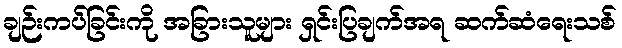
ချဉ်းကပ်ခြင်းကို အခြားသူများ ရှင်းပြချက်အရ ဆက်ဆံရေးသစ်